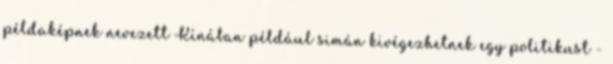
példaképnek nevezett Kínában például simán kivégezhetnek egy politikust -